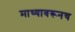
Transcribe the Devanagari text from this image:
माथ्यावरूनच